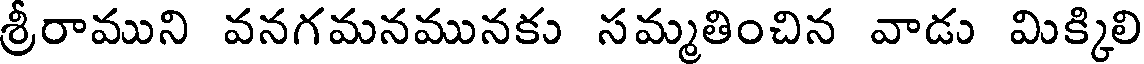
శ్రీరాముని వనగమనమునకు సమ్మతించిన వాడు మిక్కిలి